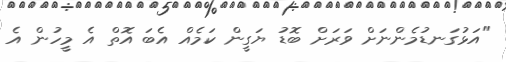
"އަޅުގަނޑުމެންނަށް ވަރަށް ބޮޑު ޔަގީން ކަމެއް އެބަ އޮތް އެ މީހުން އެ